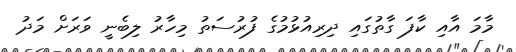
މާމަ އާއި ކާފަ ގާތުގައި ދިރިއުޅުމުގެ ފުރުސަތު މިހާރު ލިބެނީ ވަރަށް މަދު